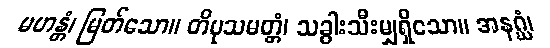
မဟန္တံ၊ မြတ်သော။ တိပုသမတ္တံ၊ သခွါးသီးမျှရှိသော။ အနဂ္ဃံ၊